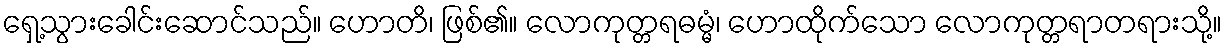
ရှေ့သွားခေါင်းဆောင်သည်။ ဟောတိ၊ ဖြစ်၏။ လောကုတ္တရဓမ္မံ၊ ဟောထိုက်သော လောကုတ္တရာတရားသို့။